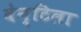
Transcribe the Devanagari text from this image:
वेन्टिला